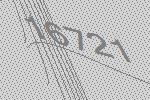
16721